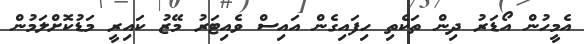
އެމީހުން އޯޑަރު ދިން ތަކެތި ހިފައިގެން އައިސް ވެއިޓަރު މޭޒު ކައިރީ މަޑުކޮށްލަމުން